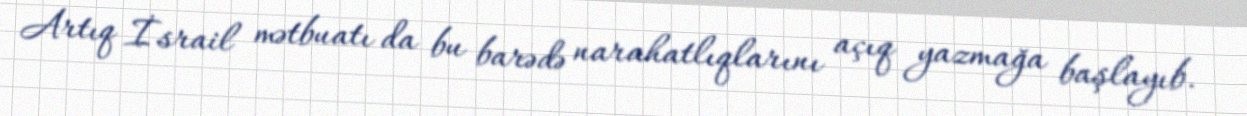
Artıq İsrail mətbuatı da bu barədə narahatlıqlarını açıq yazmağa başlayıb.